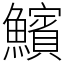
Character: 𩼧